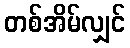
တစ်အိမ်လျှင်